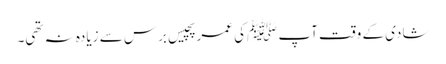
شادی کے وقت آپ ﷺکی عمر پچیس برس سے زیادہ نہ تھی۔